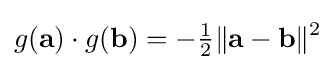
g(\mathbf {a} )\cdot g(\mathbf {b} )=-{\tfrac {1}{2}}\|\mathbf {a} -\mathbf {b} \|^{2}